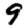
Digit: 8